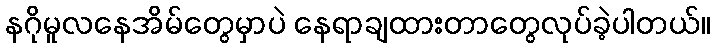
နဂိုမူလနေအိမ်တွေမှာပဲ နေရာချထားတာတွေလုပ်ခဲ့ပါတယ်။